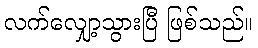
လက်လျှော့သွားပြီ ဖြစ်သည်။